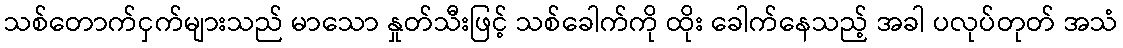
သစ်တောက်ငှက်များသည် မာသော နှုတ်သီးဖြင့် သစ်ခေါက်ကို ထိုး ခေါက်နေသည့် အခါ ပလုပ်တုတ် အသံ